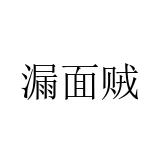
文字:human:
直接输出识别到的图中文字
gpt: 漏面贼